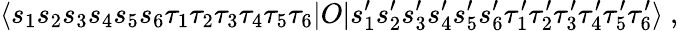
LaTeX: \langle s_{1}s_{2}s_{3}s_{4}s_{5}s_{6}\tau_{1}\tau_{2}\tau_{3}\tau_{4}\tau_{5}\tau_{6}|O|s_{1}^{\prime}s_{2}^{\prime}s_{3}^{\prime}s_{4}^{\prime}s_{5}^{\prime}s_{6}^{\prime}\tau_{1}^{\prime}\tau_{2}^{\prime}\tau_{3}^{\prime}\tau_{4}^{\prime}\tau_{5}^{\prime}\tau_{6}^{\prime}\rangle\ ,